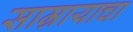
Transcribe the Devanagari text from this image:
साम्रायाचा